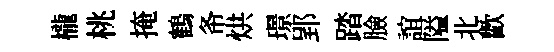
櫳桃掩鶴𢁙烘璟郢踏臉誼隘北歡